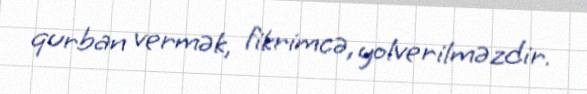
qurban vermək, fikrimcə, yolverilməzdir.